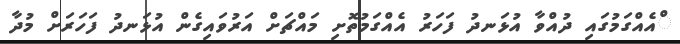
ްއެއްގަމުގައި ދުއްވާ އުޅަނދު ފަހަރު އެއްގަމުތޮށި މައްޗަށް އަރުވައިގެން އުޅަނދު ފަހަރަށް މުދާ